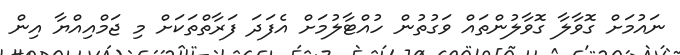
ނައުމަށް ގޮވާލާ ގޮވާލުންތައް ވަގުތުން ހުއްޓާލުމަށް އެފަދަ ފަރާތްތަކަށް މި ޖަމްއިއްޔާ އިން